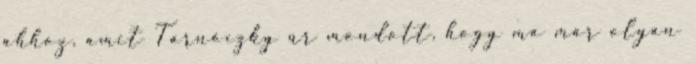
ahhoz, amit Tarnóczky úr mondott, hogy ma már olyan